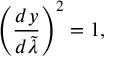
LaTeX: \left( { \frac { d y } { d \tilde { \lambda } } } \right) ^ { 2 } = 1 ,